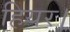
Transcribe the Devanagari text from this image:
हियर।